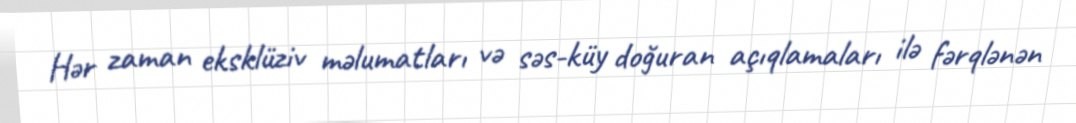
Hər zaman eksklüziv məlumatları və səs-küy doğuran açıqlamaları ilə fərqlənən